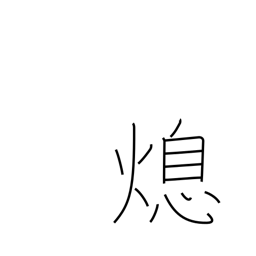
Meaning: cessation